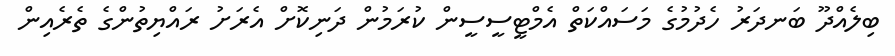
ބިލެއްދޫ ބަނދަރު ހެދުމުގެ މަސައްކަތް އެމްޓީސީސީން ކުރަމުން ދަނިކޮށް އެރަށު ރައްޔިތުންގެ ތެރެއިން